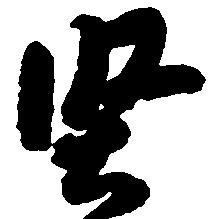
堅